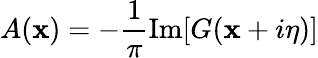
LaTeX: A(\mathbf{x})=-\frac{{1}}{{\pi}}\operatorname{Im}[G(\mathbf{x}+i\eta)]